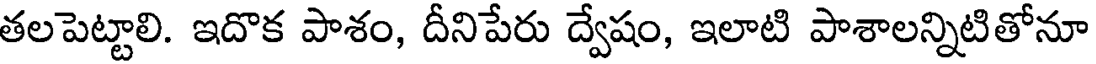
తలపెట్టాలి. ఇదొక పాశం, దీనిపేరు ద్వేషం, ఇలాటి పాశాలన్నిటితోనూ